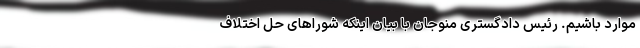
موارد باشیم. رئیس دادگستری منوجان با بیان اینکه شورا‌های حل اختلاف